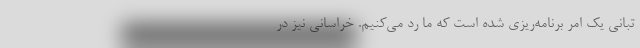
تبانی یک امر برنامه‌ریزی شده است که ما رد می‌کنیم. خراسانی نیز در